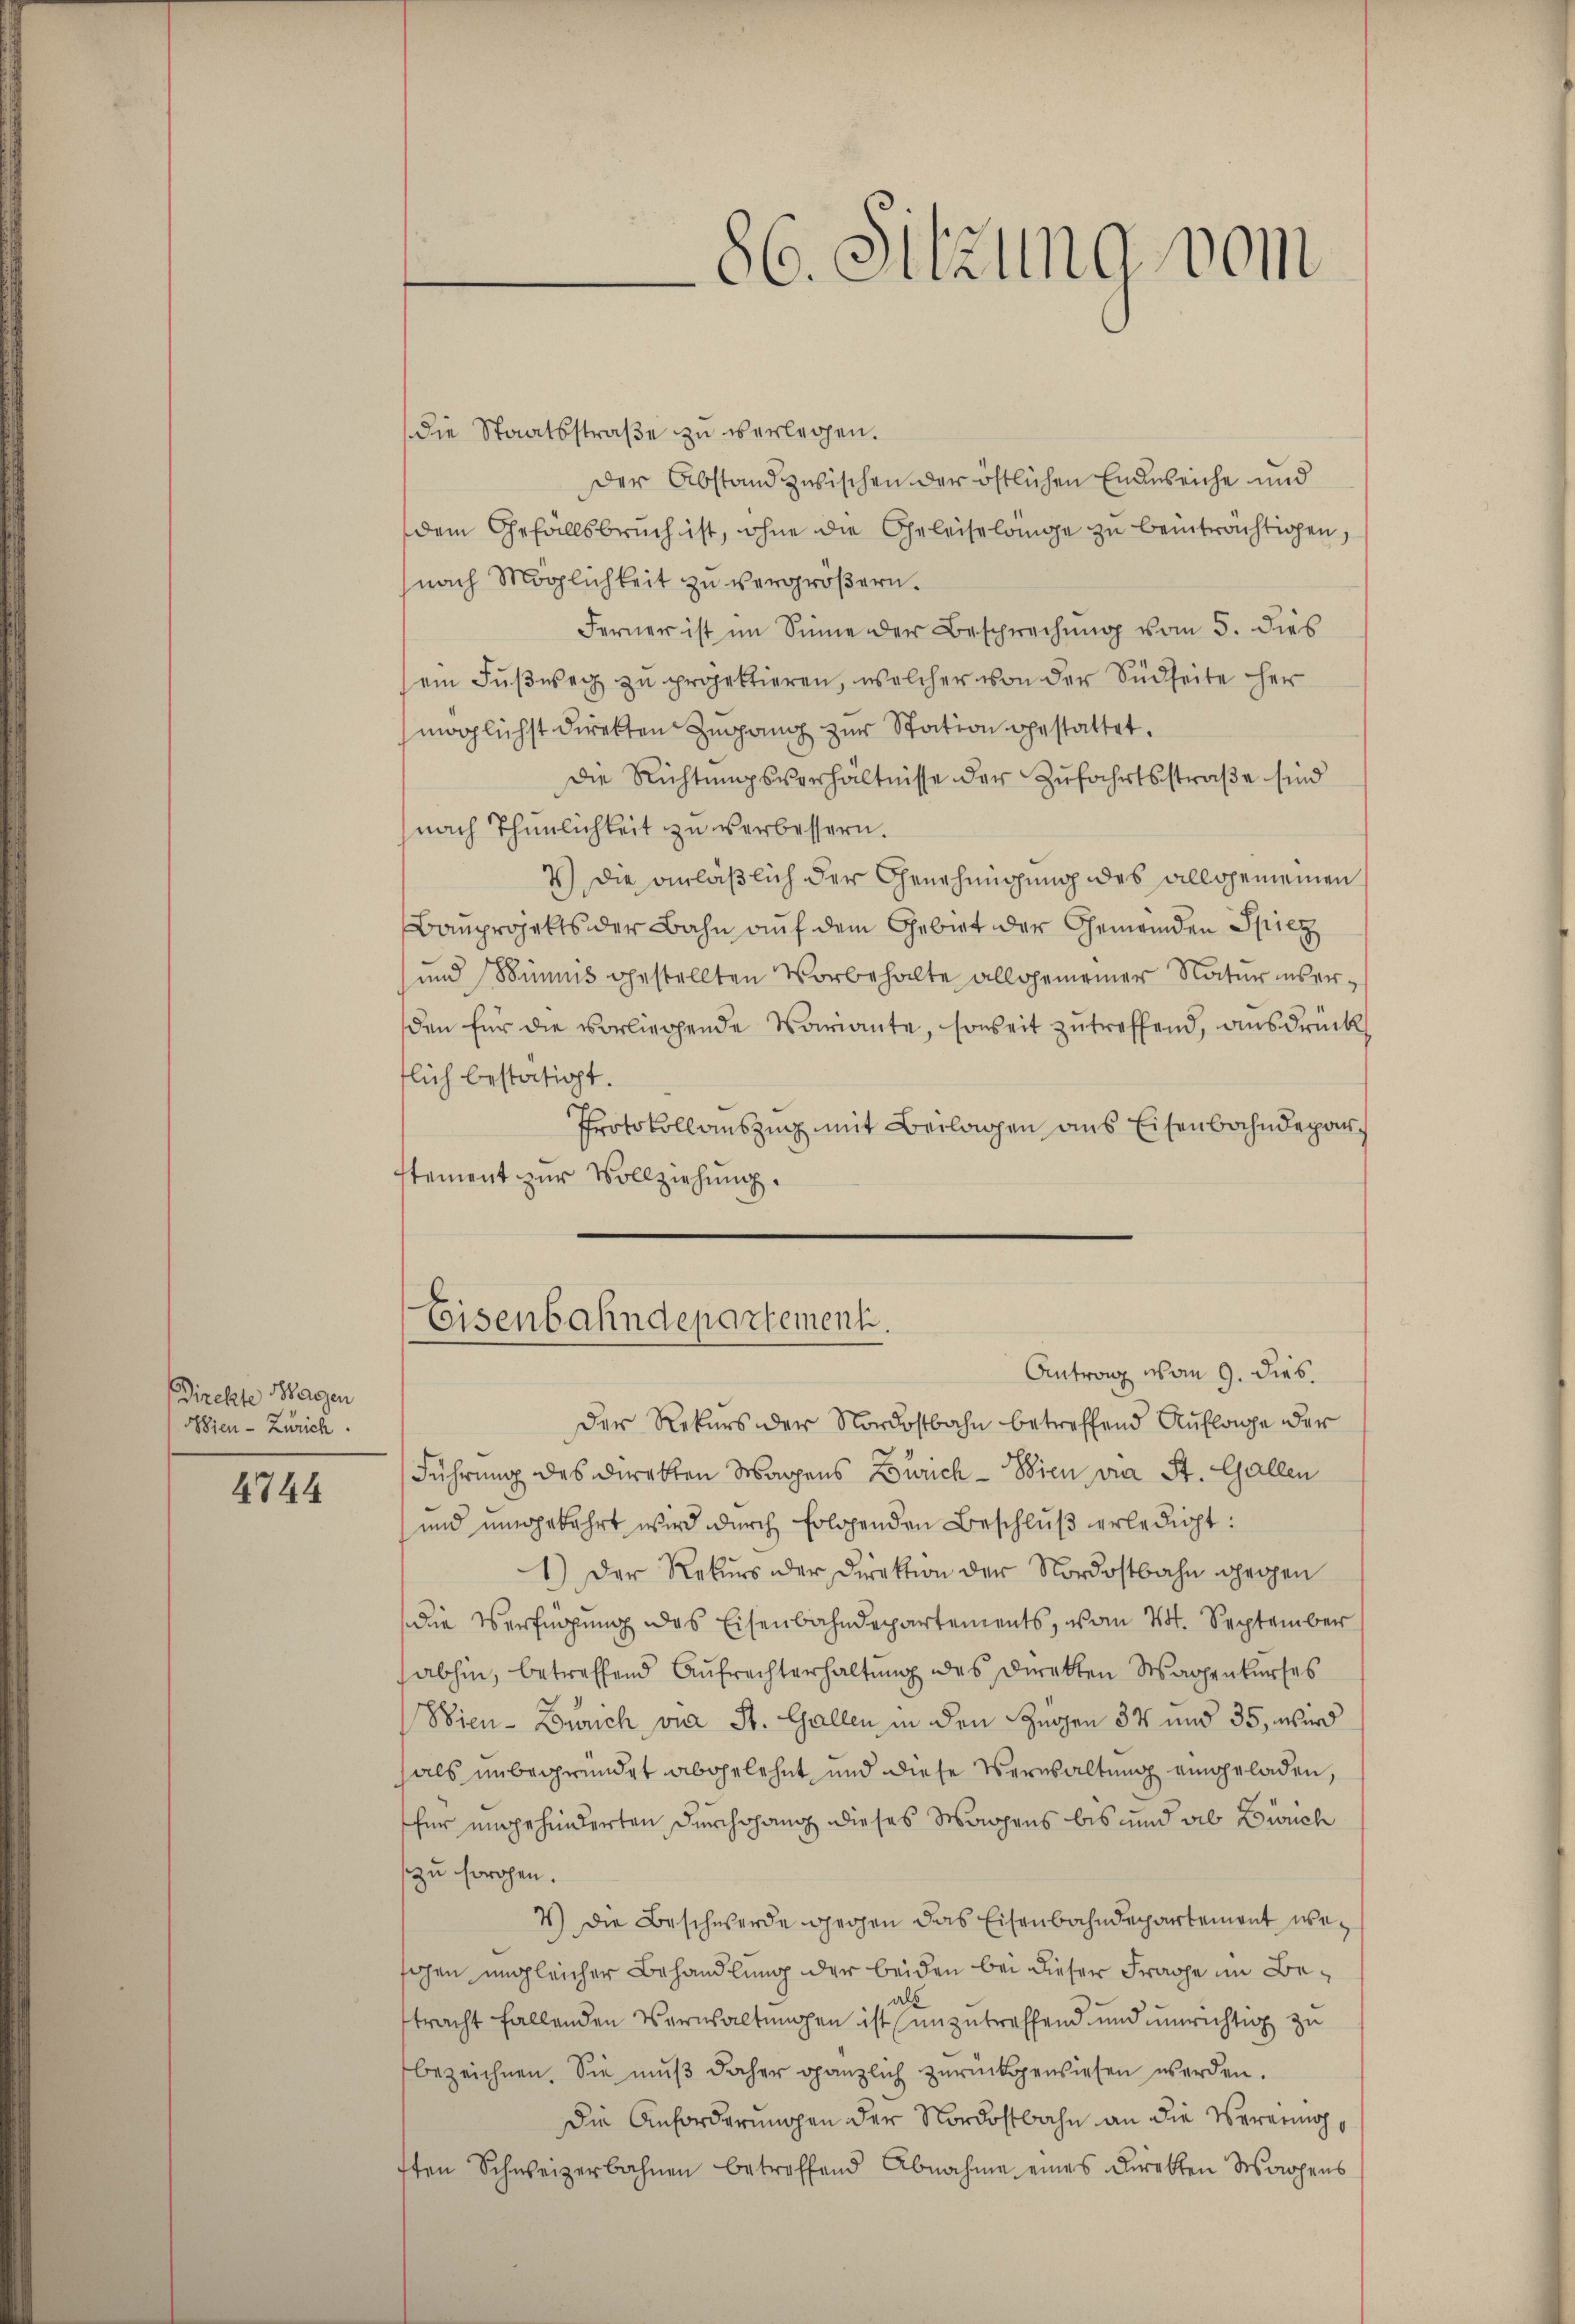
Direkte Wagen
Wien - Zürich.

4744

die Staatsstraße zu verlegen.
Der Abstand zwischen der östlichen Endweiche und
dem Gefällsbruch ist, ohne die Geleiselange zu beinträchtigen,
nach Möglichkeit zu vergrößern.
Ferner ist im Sinne der Besprechung vom 5. dies
ein Fußweg zu projektieren, welcher von der Südseite her
möglichst direkten Zugang zur Station gestattet.
die Richtungsverhältnisse der Zufahrtsstraße sind
nach Thunlichkeit zu verbessern.
7) Die anläßlich der Genehmigung des allgemeinen
Bauprojekts der Bahn auf dem Gebiet der Gemeinden Spiez
und Bännis gestellten Vorbehalte allgemeiner Natur inserden für die vorliegende Variante, sonseit zutreffend, ausdrück
flich bestätigt.
Protokollauszug mit Beilagen aus Eisenbahndeparstement zur Vollziehung.

Eisenbahndepartement.

86. Sitzung vom

Antrag von 9. dies
Der Rekurs der Nordostbahn betreffend Auflage der
9
Führung des Direkten Wagens Zürich - Wien via St. Gallen
und umgekehrt wird durch Erlösenden Beschlŭβ erledigt:
1.) Der Rekurs der Direktion der Nordostbahn gegen
Die Verfügung des Eisenbahndepartements, vom 24. September
abhin, betreffend Aufrechterhaltung des Direkten Wagenkurses
Sien- Zürich via St. Gallen in den Zugen 37 und 35, wird
als unbegründet abgelehnt, und diese Verwaltung eingeladen,
für ungehinderten Durchgang dieses Wagens bis und ab Bruch
zu sorohen.
4.) Die Beschwerde gegen das Eisenbahndepartement weschen ungleicher Behandlung der beiden bei dieser Frage im Betracht fallenden Verwaltungen ist unzutreffend und unrichtig zu
bezeichnen. Sie muß daher gänzlich zurückgewiesen werden.
Die Anforderungen der Nordostbahn an die Vereinig,
ften Schweizerbahnen betreffend Abnahme eines Direkten Wachens